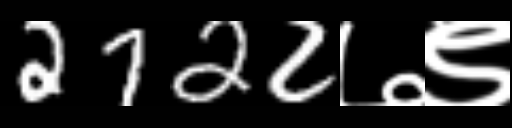
Text: 2722७९